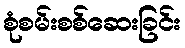
စုံစမ်းစစ်ဆေးခြင်း